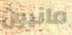
مانيون